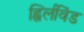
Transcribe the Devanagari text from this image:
ह्विर्लविंड